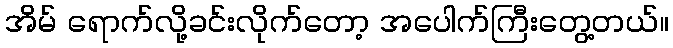
အိမ် ရောက်လို့ခင်းလိုက်တော့ အပေါက်ကြီးတွေ့တယ်။